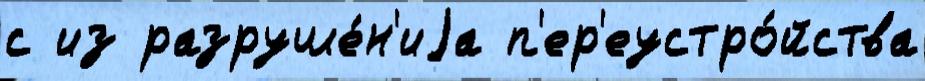
с из разруше́н'иjа п'ер'еустро́йства